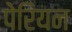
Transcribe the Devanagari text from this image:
पेरियन